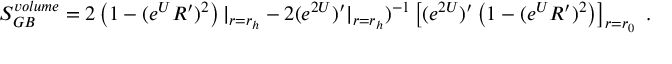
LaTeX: S _ { G B } ^ { v o l u m e } = 2 \left( 1 - ( e ^ { U } R ^ { \prime } ) ^ { 2 } \right) | _ { r = r _ { h } } - 2 ( e ^ { 2 U } ) ^ { \prime } | _ { r = r _ { h } } ) ^ { - 1 } \left[ ( e ^ { 2 U } ) ^ { \prime } \left( 1 - ( e ^ { U } R ^ { \prime } ) ^ { 2 } \right) \right] _ { r = r _ { 0 } } \ .